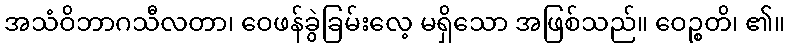
အသံဝိဘာဂသီလတာ၊ ဝေဖန်ခွဲခြမ်းလေ့ မရှိသော အဖြစ်သည်။ ဝေဉ္စတိ၊ ၏။